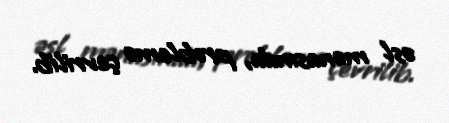
əsl mənasında, problemə çevrilib.